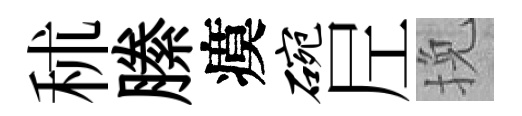
秫縢瘼碗𡰱挽